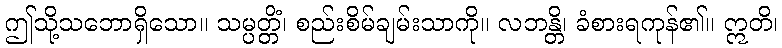
ဤသို့သဘောရှိသော။ သမ္ပတ္တိံ၊ စည်းစိမ်ချမ်းသာကို။ လဘန္တိ၊ ခံစားရကုန်၏။ ဣတိ၊